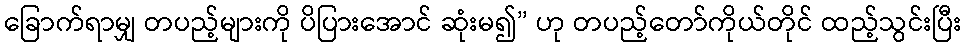
ခြောက်ရာမျှ တပည့်များကို ပိပြားအောင် ဆုံးမ၍” ဟု တပည့်တော်ကိုယ်တိုင် ထည့်သွင်းပြီး